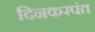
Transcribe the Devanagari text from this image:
दिनकरपंत